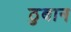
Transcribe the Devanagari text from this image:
ठुबान